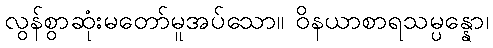
လွန်စွာဆုံးမတော်မူအပ်သော။ ဝိနယာစာရသမ္ပန္နော၊